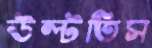
উল্‌টতিস